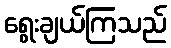
ရွေးချယ်ကြသည်